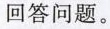
回答问题。